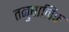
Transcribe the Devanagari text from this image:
तनुघात्विक